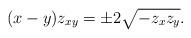
LaTeX: \begin{align*}(x-y)z_{xy} = \pm 2\sqrt{-z_xz_y}.\end{align*}